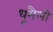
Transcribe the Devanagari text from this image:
धूमैली